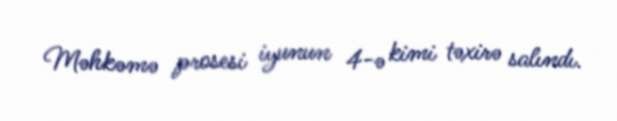
Məhkəmə prosesi iyunun 4-ə kimi təxirə salındı.